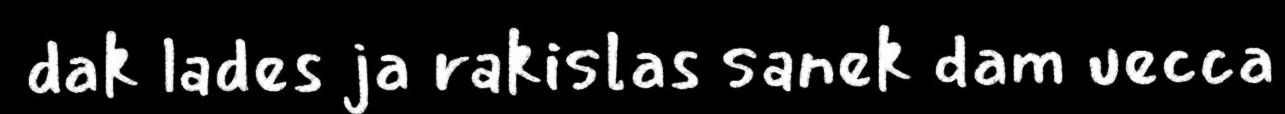
dak lades ja rakislas sanek dam uecca